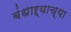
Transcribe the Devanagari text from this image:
बंधाऱ्याच्या